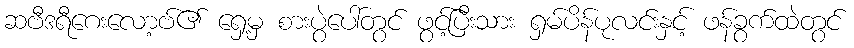
ဆဗီဒရီဂေးလော့ဗ်၏ ရှေ့မှ စားပွဲပေါ်တွင် ဖွင့်ပြီးသား ရှမ်ပိန်ပုလင်းနှင့် ဖန်ခွက်ထဲတွင်